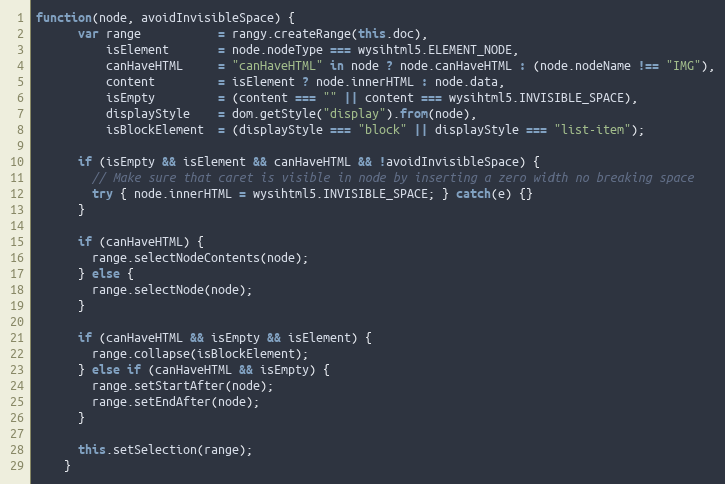
Language: JavaScript
function(node, avoidInvisibleSpace) {
      var range           = rangy.createRange(this.doc),
          isElement       = node.nodeType === wysihtml5.ELEMENT_NODE,
          canHaveHTML     = "canHaveHTML" in node ? node.canHaveHTML : (node.nodeName !== "IMG"),
          content         = isElement ? node.innerHTML : node.data,
          isEmpty         = (content === "" || content === wysihtml5.INVISIBLE_SPACE),
          displayStyle    = dom.getStyle("display").from(node),
          isBlockElement  = (displayStyle === "block" || displayStyle === "list-item");

      if (isEmpty && isElement && canHaveHTML && !avoidInvisibleSpace) {
        // Make sure that caret is visible in node by inserting a zero width no breaking space
        try { node.innerHTML = wysihtml5.INVISIBLE_SPACE; } catch(e) {}
      }

      if (canHaveHTML) {
        range.selectNodeContents(node);
      } else {
        range.selectNode(node);
      }

      if (canHaveHTML && isEmpty && isElement) {
        range.collapse(isBlockElement);
      } else if (canHaveHTML && isEmpty) {
        range.setStartAfter(node);
        range.setEndAfter(node);
      }

      this.setSelection(range);
    }